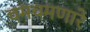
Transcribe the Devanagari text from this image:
चमचमणारे